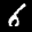
Label: 6